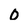
Character: 0